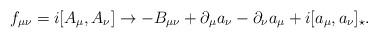
LaTeX: \begin{align*}f_{\mu\nu}=i[A_{\mu},A_{\nu}] \rightarrow-B_{\mu\nu}+\partial_{\mu}a_{\nu}-\partial_{\nu}a_{\mu}+i[a_{\mu},a_{\nu}]_{\star}. \end{align*}